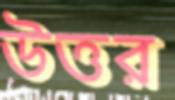
উত্তর